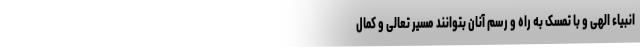
انبیاء الهی و با تمسک به راه و رسم آنان بتوانند مسیر تعالی و کمال